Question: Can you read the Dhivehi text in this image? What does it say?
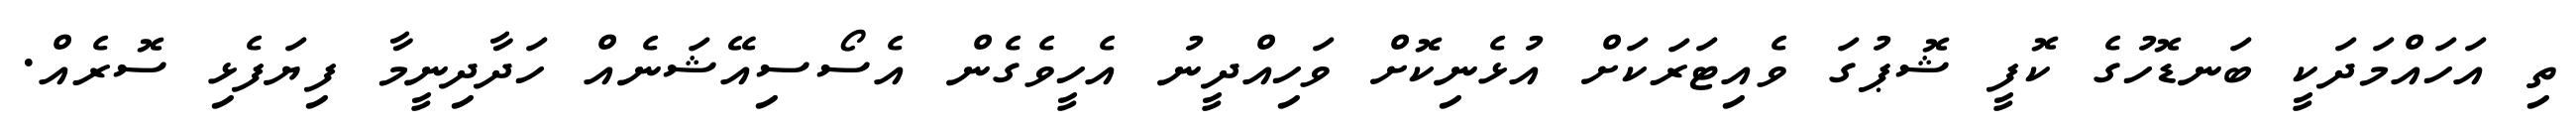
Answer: ތި އަހައްމަދަކީ ބަނޑޮހުގެ ކޮފީ ޝޮޕުގަ ވެއިޓަރަކަށް އުޅެނިކޮށް ވަހިއްދީނު އެހީވެގެން އެސޯސިއޭޝަނެއް ހަދާދިނީމާ ފިޔަފެޅި ސޮރެއް.